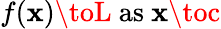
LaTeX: f(\mathbf{x})\toL{\mathrm{{~as~}}}\mathbf{x}\toc